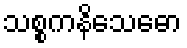
သစ္စကနိသေဓော